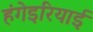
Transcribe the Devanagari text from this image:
हंगेइरियाई